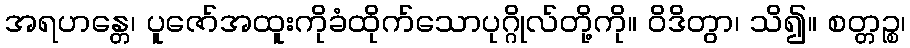
အရဟန္တေ၊ ပူဇော်အထူးကိုခံထိုက်သောပုဂ္ဂိုလ်တို့ကို။ ဝိဒိတွာ၊ သိ၍။ စတ္တဉ္စ၊